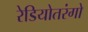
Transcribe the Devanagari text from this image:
रेडियोतरंगो